Annual report of the Punjab Veterinary College and of the Civil Veterinary Department, Punjab - 1920-1925
Year: 1920
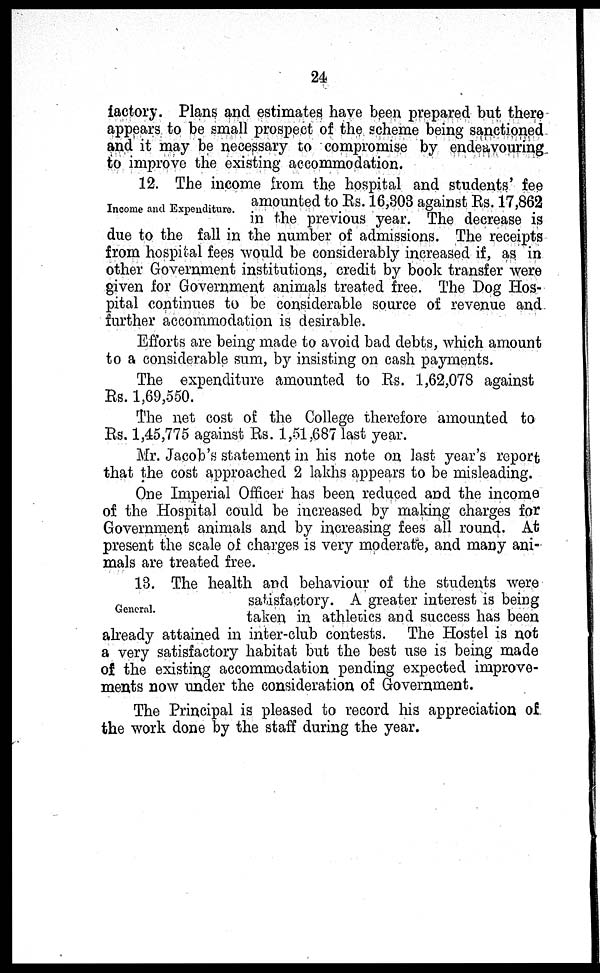
24
factory. Plans and estimates have been prepared but there
appears to be small prospect of the scheme being sanctioned
and it may be necessary to compromise by endeavouring
to improve the existing accommodation.
Income and Expenditure.
12. The income from the hospital and students' fee
amounted to Rs. 16,303 against Rs. 17,862
in the previous year. The decrease is
due to the fall in the number of admissions. The receipts
from hospital fees would be considerably increased if, as in
other Government institutions, credit by book transfer were
given for Government animals treated free. The Dog Hos-
pital continues to be considerable source of revenue and
further accommodation is desirable.
Efforts are being made to avoid bad debts, which amount
to a considerable sum, by insisting on cash payments.
The expenditure amounted to Rs. 1,62,078 against
Rs. 1,69,550.
The net cost of the College therefore amounted to
Rs. 1,45,775 against Rs. 1,51,687 last year.
Mr. Jacob's statement in his note on last year's report
that the cost approached 2 lakhs appears to be misleading.
One Imperial Officer has been reduced and the income
of the Hospital could be increased by making charges for
Government animals and by increasing fees all round. At
present the scale of charges is very moderate, and many ani-
mals are treated free.
General.
13. The health and behaviour of the students were
satisfactory. A greater interest is being
taken in athletics and success has been
already attained in inter-club contests. The Hostel is not
a very satisfactory habitat but the best use is being made
of the existing accommodation pending expected improve-
ments now under the consideration of Government.
The Principal is pleased to record his appreciation of
the work done by the staff during the year.